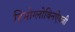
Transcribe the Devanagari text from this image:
हिमोग्लोबिनऐवजी